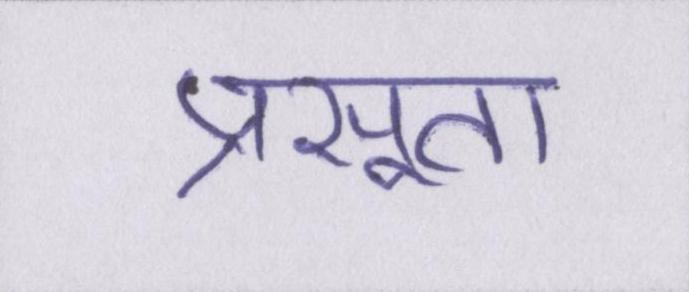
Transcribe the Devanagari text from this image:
प्रसूता